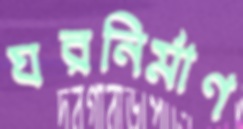
ঘরনির্মাণ